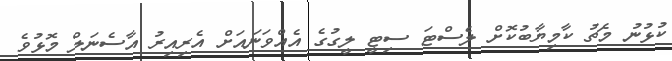
ކުޅުނު މެޗު ކާމިޔާބުކޮށް ލެސްޓަ ސިޓީ ލީގުގެ އެއްވަނައަށް އެރިއިރު އާސެނަލް މޮޅުވެ